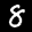
Label: 8